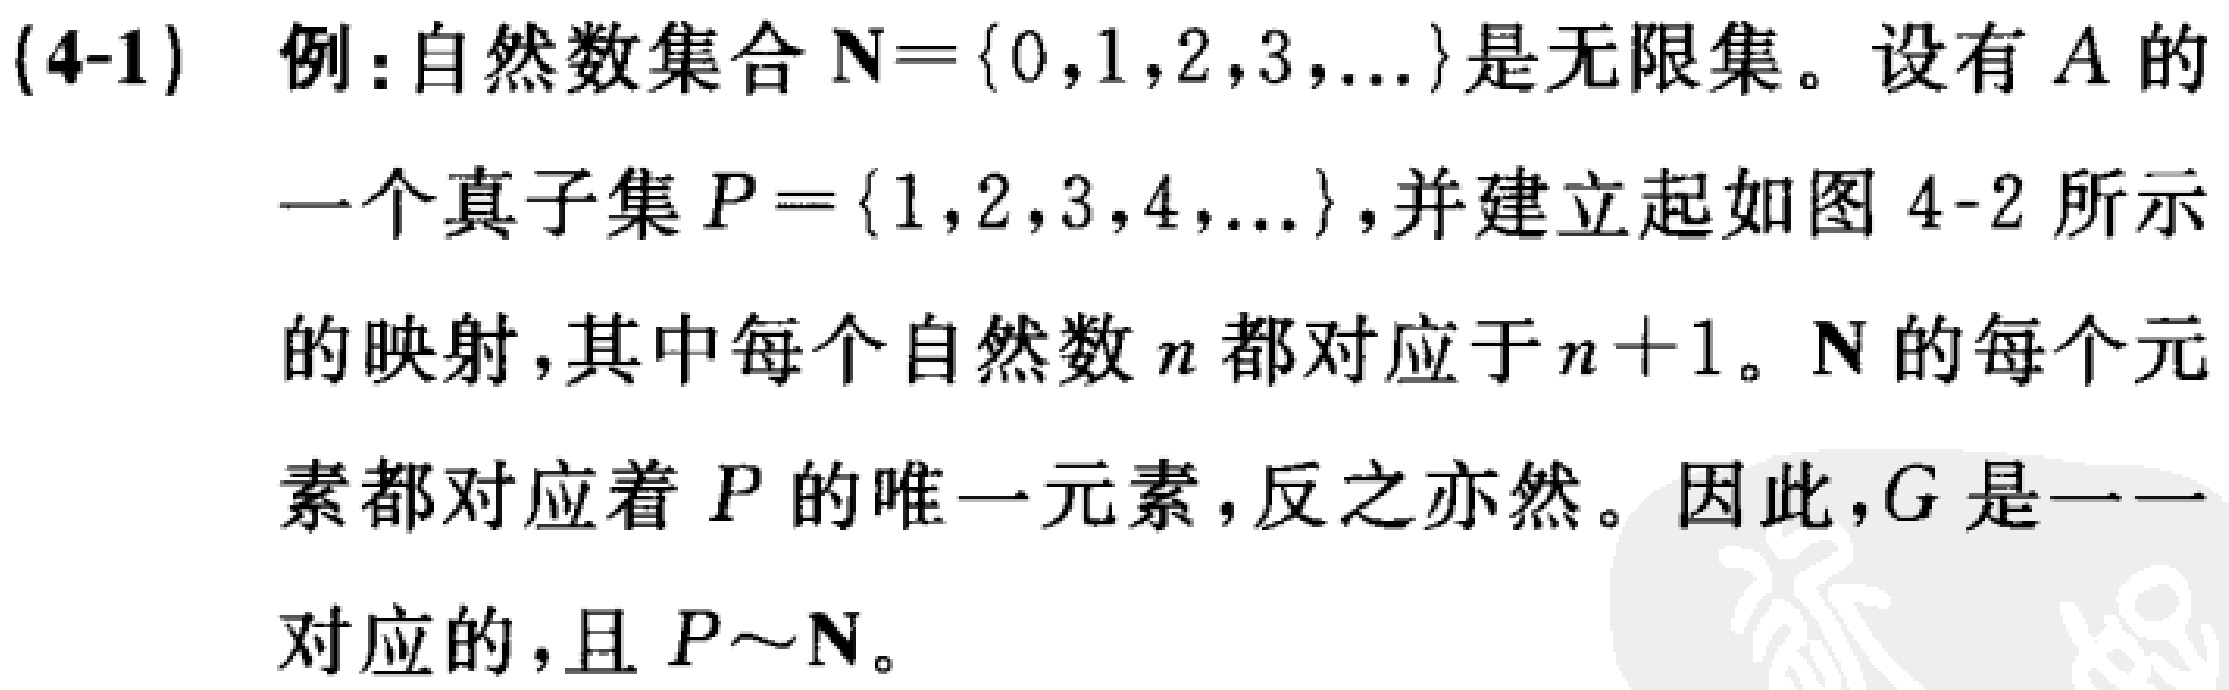
(4-1) 例：自然数集合 $\mathbf{N}=\{0,1,2,3,\ldots\}$ 是无限集。设有 $A$ 的
一个真子集 $P = \{1,2,3,4,\ldots\}$，并建立起如图 4-2 所示
的映射，其中每个自然数 $n$ 都对应于 $n + 1$。$\mathbf{N}$ 的每个元
素都对应着 $P$ 的唯一元素，反之亦然。因此，$G$ 是一一
对应的，且 $P\sim\mathbf{N}$。